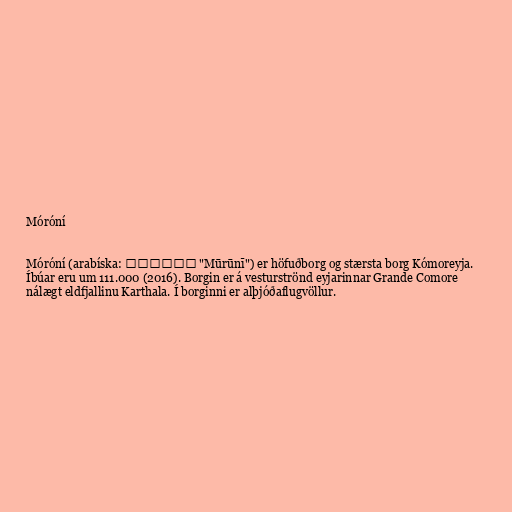
Móróní

Móróní (arabíska: موروني "Mūrūnī") er höfuðborg og stærsta borg Kómoreyja.
Íbúar eru um 111.000 (2016). Borgin er á vesturströnd eyjarinnar Grande Comore
nálægt eldfjallinu Karthala. Í borginni er alþjóðaflugvöllur.